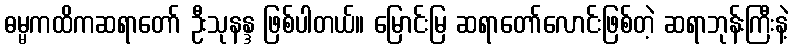
ဓမ္မကထိကဆရာတော် ဦးသုနန္ဒ ဖြစ်ပါတယ်။ မြောင်းမြ ဆရာတော်လောင်းဖြစ်တဲ့ ဆရာဘုန်းကြီးနဲ့